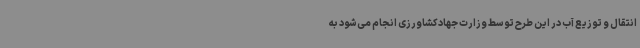
انتقال و توزیع آب در این طرح توسط وزارت جهادکشاورزی انجام می‌شود به